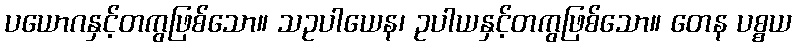
ပယောဂနှင့်တကွဖြစ်သော။ သဥပါယေန၊ ဥပါယနှင့်တကွဖြစ်သော။ တေန ပစ္စယ